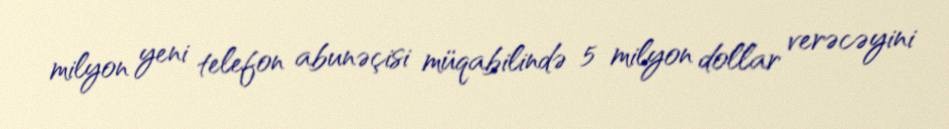
milyon yeni telefon abunəçisi müqabilində 5 milyon dollar verəcəyini